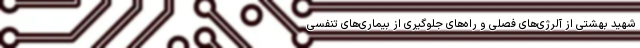
شهید بهشتی از آلرژی‌های فصلی و راه‌های جلوگیری از بیماری‌های تنفسی